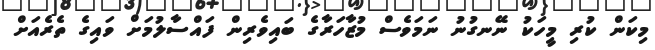
މިކަން ކުރި މީހަކު ނޭނގުނު ނަމަވެސް މުޒާހަރާގެ ބައިވެރިން ފައްސާލުމަށް ވައިގެ ތެރެއަށް